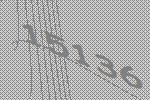
15136